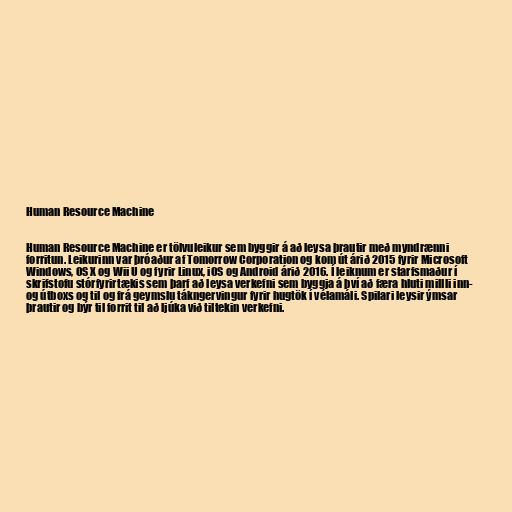
Human Resource Machine

Human Resource Machine er tölvuleikur sem byggir á að leysa þrautir með myndrænni
forritun. Leikurinn var þróaður af Tomorrow Corporation og kom út árið 2015 fyrir Microsoft
Windows, OS X og Wii U og fyrir Linux, iOS og Android árið 2016. Í leiknum er starfsmaður í
skrifstofu stórfyrirtækis sem þarf að leysa verkefni sem byggja á því að færa hluti millli inn-
og útboxs og til og frá geymslu tákngervingur fyrir hugtök í vélamáli. Spilari leysir ýmsar
þrautir og býr til forrit til að ljúka við tiltekin verkefni.